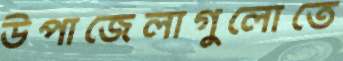
উপাজেলাগুলোতে